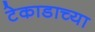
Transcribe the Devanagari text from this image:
टेकाडाच्या